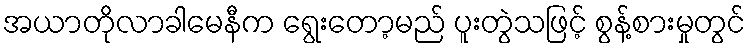
အယာတိုလာခါမေနီက ရွေးတော့မည် ပူးတွဲသဖြင့် စွန့်စားမှုတွင်